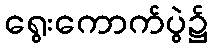
ရွေးကောက်ပွဲ၌